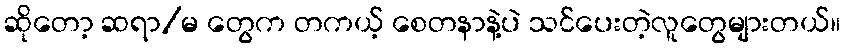
ဆိုတော့ ဆရာ/မ တွေက တကယ့် စေတနာနဲ့ပဲ သင်ပေးတဲ့လူတွေများတယ်။